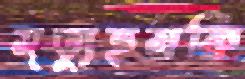
মৃত্যুহুমকি